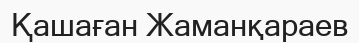
Қашаған Жаманқараев